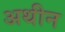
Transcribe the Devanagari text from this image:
अथीन